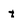
Character: t